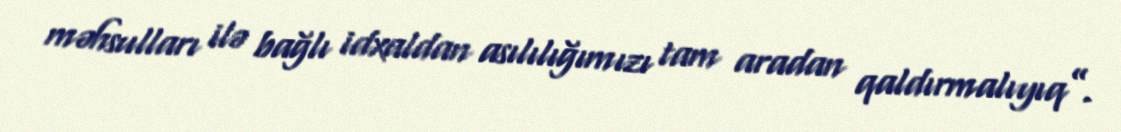
məhsulları ilə bağlı idxaldan asılılığımızı tam aradan qaldırmalıyıq”.